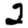
Digit: 2